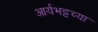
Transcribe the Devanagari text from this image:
आर्यभट्टच्या